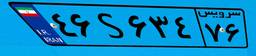
۸۷S۸۲۸۶۵